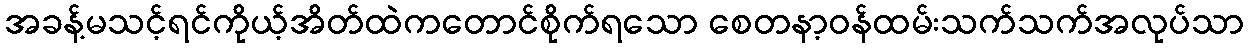
အခန့်မသင့်ရင်ကိုယ့်အိတ်ထဲကတောင်စိုက်ရသော စေတနာ့ဝန်ထမ်းသက်သက်အလုပ်သာ